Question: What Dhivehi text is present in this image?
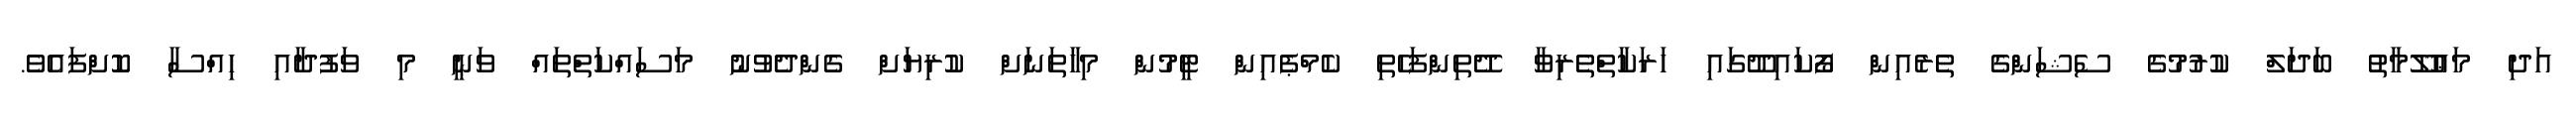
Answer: އަދި މަޢުލޫމާތު ބަދަލް ކުރުމުގެ ސެޝަންގެ ތެރެއިން ފޯކައިދޫގައި ހަރަކާތްތެރިވާ ދޭތިންފަހެތި ކެމްޕެއިން ޓީމުން މިހާތަނަށް ކުރިޔަށް ގެންދެވުނު މަސައްކަތްތައް ވަނީ މި ވަފުދާއި ހިއްސާ ކޮށްފައެވެ.